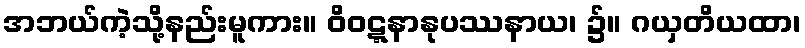
အဘယ်ကဲ့သို့နည်းမူကား။ ဝိဝဋ္ဋနာနုပဿနာယ၊ ၌။ ဂယှတိယထာ၊